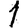
Digit: 1